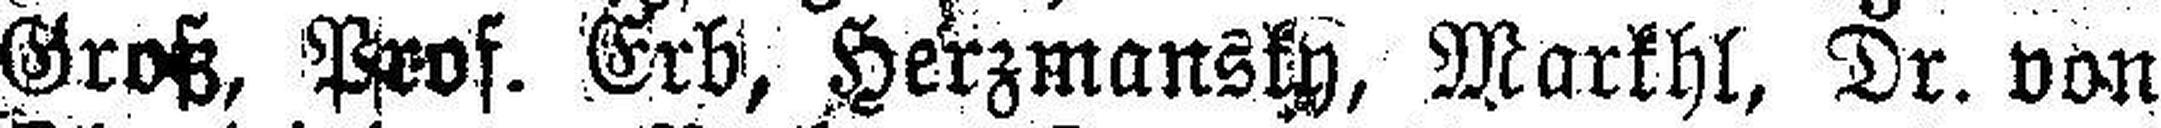
Groß, Prof. Erb, Herzmansky, Markhl, Dr. von